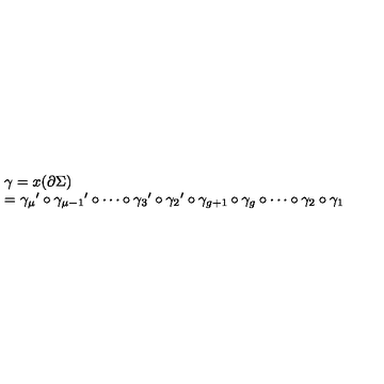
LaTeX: \left. \begin{array} { l } { \gamma = x ( \partial \Sigma ) } \\ { = { \gamma _ { \mu } } ^ { \prime } \circ { \gamma _ { \mu - 1 } } ^ { \prime } \circ \cdots \circ { \gamma _ { 3 } } ^ { \prime } \circ { \gamma _ { 2 } } ^ { \prime } \circ \gamma _ { g + 1 } \circ \gamma _ { g } \circ \cdots \circ \gamma _ { 2 } \circ \gamma _ { 1 } } \\ \end{array} \right.